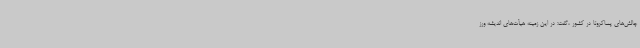
چالش‌های پساکرونا در کشور ،گفت: در این زمینه هیأت‌های اندیشه ورز